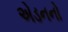
એડનનો